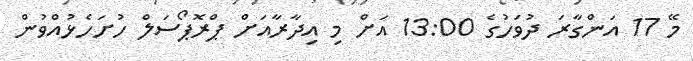
މޭ 17 އަންގާރަ ދުވަހުގެ 13:00 އަށް މި އިދާރާއަށް ޕްރޮޕޯސަލް ހުށަހެޅުއްވުން